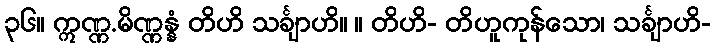
၃၆။ ဣဏ္ဏ.မိဏ္ဏန္နံ တိဟိ သင်္ချာဟိ။ ။ တိဟိ- တိဟူကုန်သော၊ သင်္ချာဟိ-